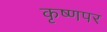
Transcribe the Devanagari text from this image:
कृष्णपर